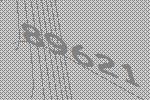
89621